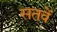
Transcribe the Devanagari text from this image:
सतवें